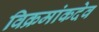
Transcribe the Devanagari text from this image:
विक्रमांकदेव